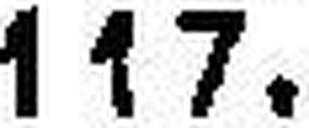
117.—